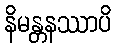
နိမန္တနဿာပိ